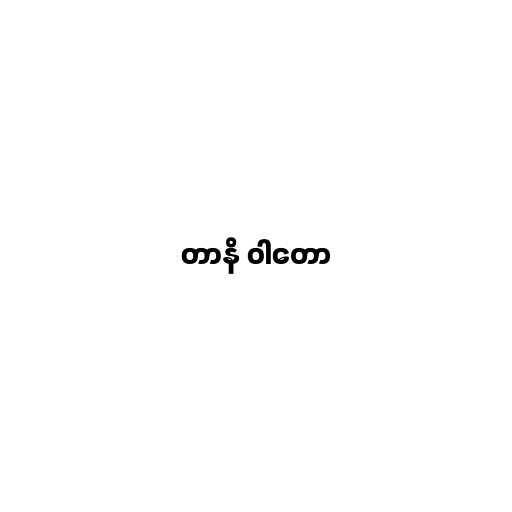
တာနိ ဝါတော